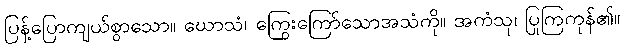
ပြန့်ပြောကျယ်စွာသော။ ဃောသံ၊ ကြွေးကြော်သောအသံကို။ အကံသု၊ ပြုကြကုန်၏။